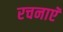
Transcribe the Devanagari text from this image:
रचनाएॅ